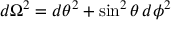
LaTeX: d \Omega ^ { 2 } = d \theta ^ { 2 } + \sin ^ { 2 } \theta \, d \phi ^ { 2 }